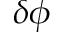
\delta \phi